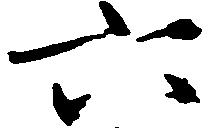
六